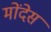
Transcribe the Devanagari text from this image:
मोंदेस